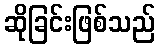
ဆိုခြင်းဖြစ်သည်